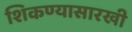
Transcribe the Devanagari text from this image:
शिकण्यासारखी